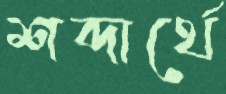
শব্দার্থে